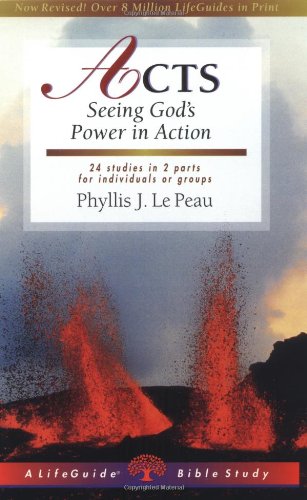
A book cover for Acts: Seeing God's Power in Action (Lifeguide Bible Studies); Phyllis J. Le Peau; Christian Books & Bibles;